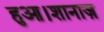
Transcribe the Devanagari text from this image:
हुआ।शानाज़